system: You are a helpful assistant.
user:
Analyze the provided spectrum to determine if it is a **Carbon Star (C-type)**.

- **Key Visual Indicators of Carbon Star:**
    - **(Primary):** Strong molecular absorption from **C₂ (diatomic carbon) "Swan Bands."** This is the **defining feature** of a carbon star.
        - **(Key Bandheads):** Sharp absorption edges are visible at approximately $5635$ Å, $5165$ Å (the strongest band), and $4737$ Å.
        - **(Line Profile):** Creates a distinct **"saw-tooth"** pattern. The key morphology is a sharp, steep bandhead on the **red (long-wavelength) side**, which then gradually tapers off (i.e., flux recovers) towards the **blue (short-wavelength) side**. *(This is the direct opposite of the TiO bands seen in M-type stars)*.

    - **(Secondary):** Intense **CN (cyanogen)** molecular absorption bands.
        - **(Key Bandheads):** Located in the blue and violet regions of the spectrum (e.g., near $4215$ Å and $3883$ Å).
        - **(Morphology):** These bands are extremely broad and act as a "blanket," absorbing the vast majority of blue and violet light. This creates a characteristic **"cliff"** or **"steep drop-off"** in the spectrum's flux at short wavelengths.

    - **(Key Confirmation):** Strong **CH absorption band (G-band)**.
        - **(Key Bandhead):** Located around $4300$ Å. The contribution from CH molecules to this band is exceptionally strong.

    - **(Overall Spectrum):**
        - The continuum is severely "chopped up" by these deep molecular bands, especially C₂, rather than appearing as a smooth curve.
        - Due to the heavy CN and C₂ absorption in the blue-green, the vast majority of the star's flux is concentrated in the red part of the spectrum, giving the star its characteristic deep red color.

Think first, call **spectral_visualization_tool** if needed to examine features in detail, then provide your final answer. Your response must adhere to the following strict rules:
1.  **Overall Structure:** Your response must follow the format `<think>...</think> <tool_call>...</tool_call> (if a tool is used) <answer>...</answer>`.
2.  **Tool Usage Constraint:** You may only make **one** tool call per turn.
3.  **Final Answer Format:** In the `<answer>` tag, your conclusion must be inside a `\boxed{}` command (e.g., `\boxed{YES}`), followed by your justification.

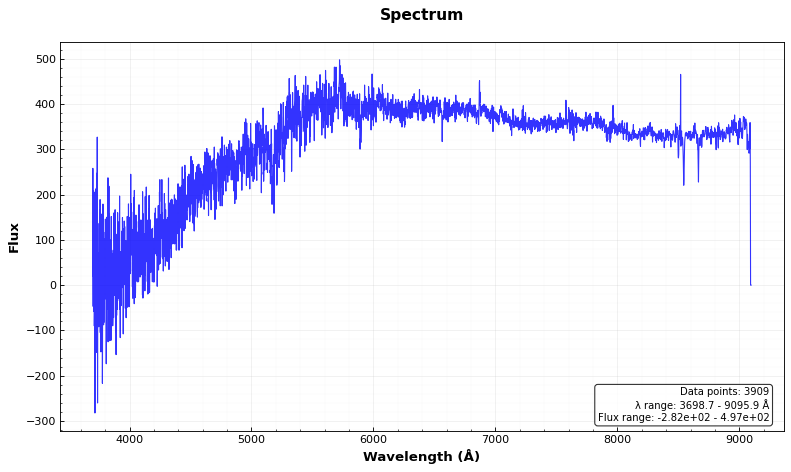
Answer: NO